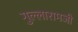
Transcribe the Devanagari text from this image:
गुल्लारामजी